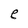
Character: e